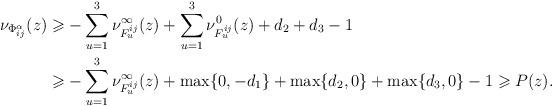
LaTeX: \begin{align*}\nu_{\Phi^\alpha_{ij}}(z)&\geqslant -\sum_{u=1}^3 \nu^{\infty}_{F_u^{ij}}(z)+\sum_{u=1}^3\nu^0_{F_u^{ij}}(z)+d_2+d_3-1\\&\geqslant -\sum_{u=1}^3 \nu^{\infty}_{F_u^{ij}}(z)+\max\{0,-d_1\}+\max\{d_2,0\}+\max\{d_3,0\}-1\geqslant P(z).\end{align*}